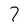
Character: 7